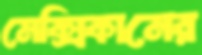
মেক্সিকানের